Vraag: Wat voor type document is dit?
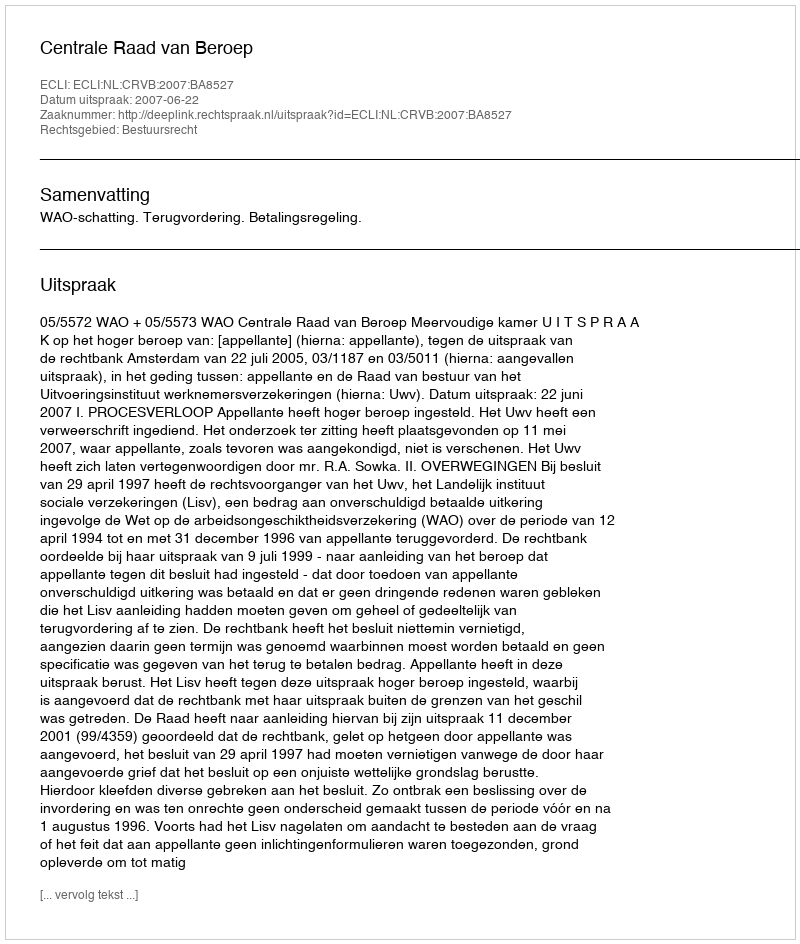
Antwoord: Uitspraak